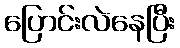
ပြောင်းလဲနေပြီး